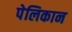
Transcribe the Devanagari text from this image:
पेलिकान